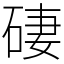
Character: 䃀